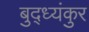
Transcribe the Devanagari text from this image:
बुद्ध्यंकुर